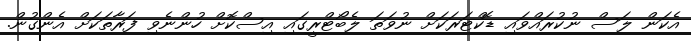
އެކަން ލަސް ނުކުރައްވައި ޑޮކްޓަރަކަށް ނުވަތަ ލެބޯޓްރީގައި އިސްކޮށް ހުންނެވި ފަރާތަކަށް އެންގުން.